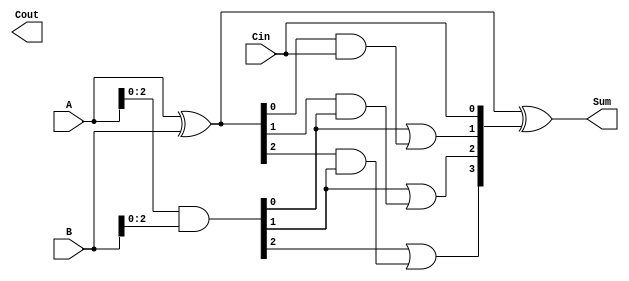
module carry_lookahead_adder (
  input [3:0] A,
  input [3:0] B,
  input Cin,
  output [3:0] Sum,
  output Cout
);

// Internal signals
wire [3:0] G, P;
wire [3:0] C;

// Generate and Propagate signals
assign G = A & B;
assign P = A ^ B;

// Carry calculation equations
assign C[0] = Cin;
assign {C[1], C[2], C[3], C[4]} = {G[0] | (P[0] & Cin), 
                                      G[1] | (P[1] & G[0]), 
                                      G[2] | (P[2] & G[1]), 
                                      G[3] | (P[3] & G[2])};
                                      
// Sum calculation
assign Sum = A ^ B ^ C[0:3];

// Carry out calculation
assign Cout = C[4];

endmodule